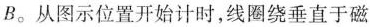
B。从图示位置开始计时，线圈绕垂直于磁